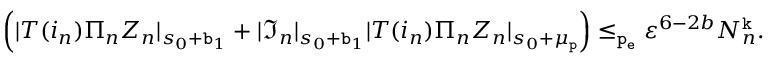
\begin{array} { r } { \left( | T ( i _ { n } ) \Pi _ { n } Z _ { n } | _ { s _ { 0 } + \mathtt { b } _ { 1 } } + | \mathfrak { I } _ { n } | _ { s _ { 0 } + \mathtt { b } _ { 1 } } | T ( i _ { n } ) \Pi _ { n } Z _ { n } | _ { s _ { 0 } + \mu _ { \mathtt { p } } } \right) \le _ { \mathtt { p _ { e } } } \varepsilon ^ { 6 - 2 b } N _ { n } ^ { \mathtt { k } } . } \end{array}